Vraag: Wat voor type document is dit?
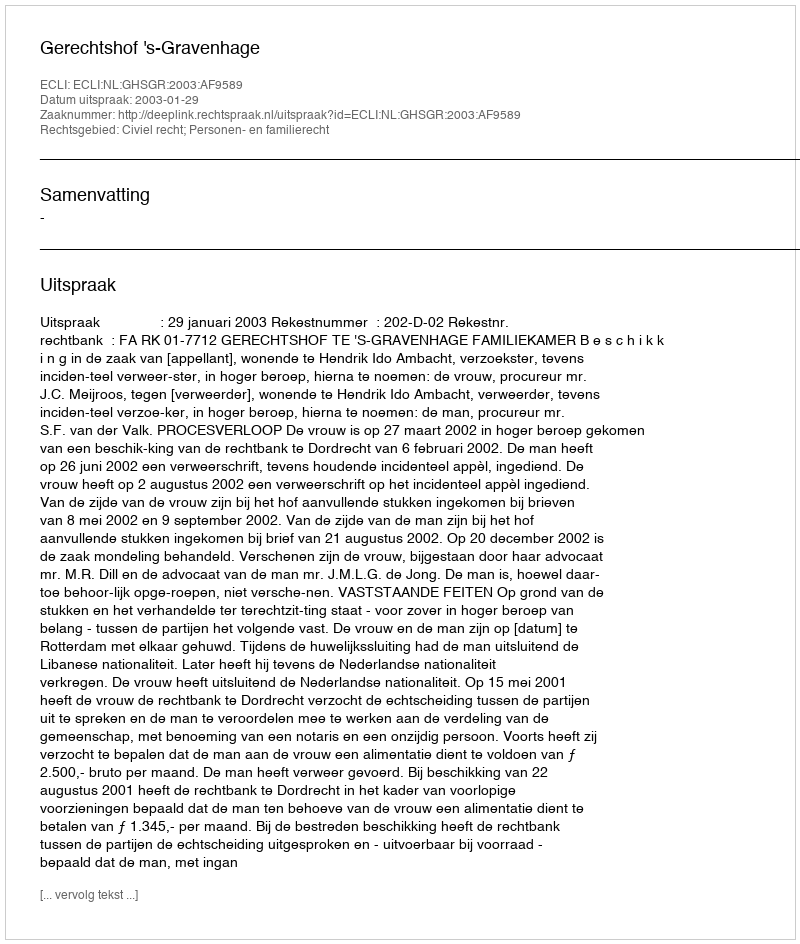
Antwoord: Uitspraak